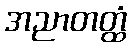
အညာတတ္ထံ